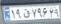
۱۹ق۷۹۶۲۹